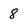
Character: 8